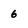
Character: 6